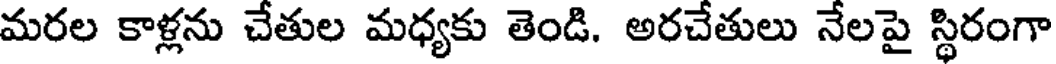
మరల కాళ్లను చేతుల మధ్యకు తెండి. అరచేతులు నేలపై స్థిరంగా